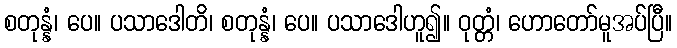
စတုန္နံ၊ ပေ။ ပသာဒေါတိ၊ စတုန္နံ၊ ပေ။ ပသာဒေါဟူ၍။ ဝုတ္တံ၊ ဟောတော်မူအပ်ပြီ။